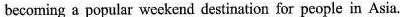
becoming a popular weekend destination for people in Asia.